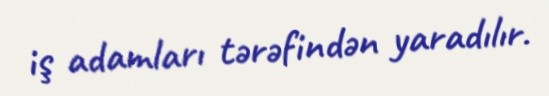
iş adamları tərəfindən yaradılır.